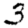
Digit: 3